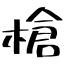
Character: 槍